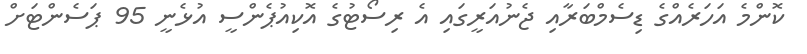
ކޮންމެ އަހަރެއްގެ ޑިސެމްބަރާއި ޖެނުއަރީގައި އެ ރިސޯޓުގެ އޮކިއުޕެންސީ އުޅެނީ 95 ޕަސެންޓަށް